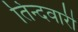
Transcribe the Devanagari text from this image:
तिन्‍दवारी